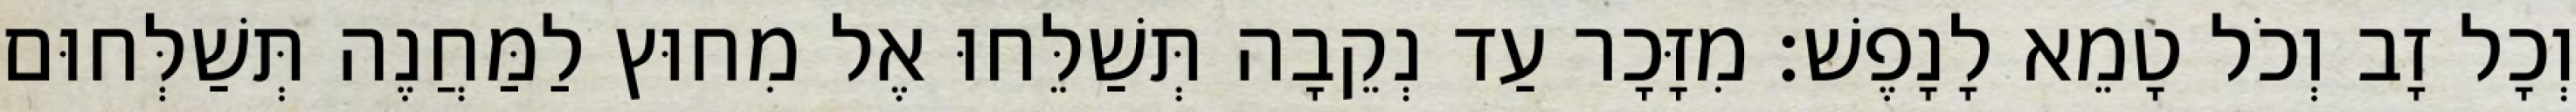
וְכָל זָב וְכֹל טָמֵא לָנָפֶשׁ׃ מִזָּכָר עַד נְקֵבָה תְּשַׁלֵּחוּ אֶל מִחוּץ לַמַּחֲנֶה תְּשַׁלְּחוּם